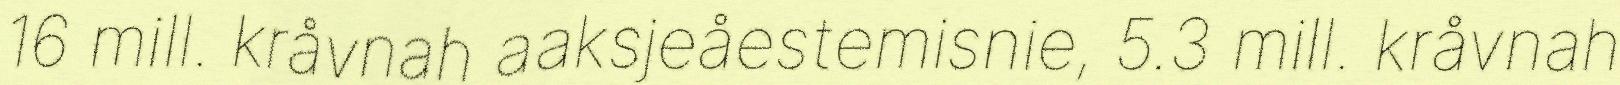
16 mill. kråvnah aaksjeåestemisnie, 5.3 mill. kråvnah